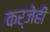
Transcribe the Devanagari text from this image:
कर्जेही